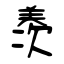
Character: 羡